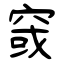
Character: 窢